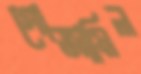
গোজামিল